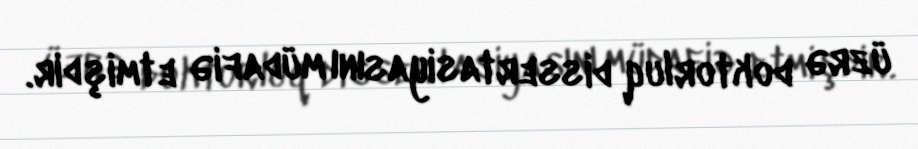
üzrə doktorluq dissertasiyasını müdafiə etmişdir.